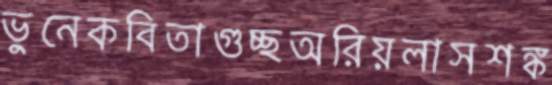
ভুনেকবিতাগুচ্ছঅরিয়লাসশঙ্ক